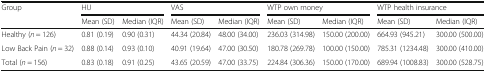
<table><thead><tr><td><b>Group</b></td><td colspan="2"><b>HU</b></td><td colspan="2"><b>VAS</b></td><td colspan="2"><b>WTP own money</b></td><td colspan="2"><b>WTP health insurance</b></td></tr><tr><td></td><td><b>Mean (SD)</b></td><td><b>Median (IQR)</b></td><td><b>Mean (SD)</b></td><td><b>Median (IQR)</b></td><td><b>Mean (SD)</b></td><td><b>Median (IQR)</b></td><td><b>Mean (SD)</b></td><td><b>Median (IQR)</b></td></tr></thead><tbody><tr><td>Healthy (<i>n</i> = 126)</td><td>0.81 (0.19)</td><td>0.90 (0.31)</td><td>44.34 (20.84)</td><td>48.00 (34.00)</td><td>236.03 (314.98)</td><td>150.00 (200.00)</td><td>664.93 (945.21)</td><td>300.00 (500.00)</td></tr><tr><td>Low Back Pain (<i>n</i> = 32)</td><td>0.88 (0.14)</td><td>0.93 (0.10)</td><td>40.91 (19.64)</td><td>47.00 (30.50)</td><td>180.78 (269.78)</td><td>100.00 (150.00)</td><td>785.31 (1234.48)</td><td>300.00 (410.00)</td></tr><tr><td>Total (<i>n</i> = 156)</td><td>0.83 (0.18)</td><td>0.91 (0.25)</td><td>43.65 (20.59)</td><td>47.00 (33.75)</td><td>224.84 (306.36)</td><td>150.00 (170.00)</td><td>689.94 (1008.83)</td><td>300.00 (528.75)</td></tr></tbody></table>